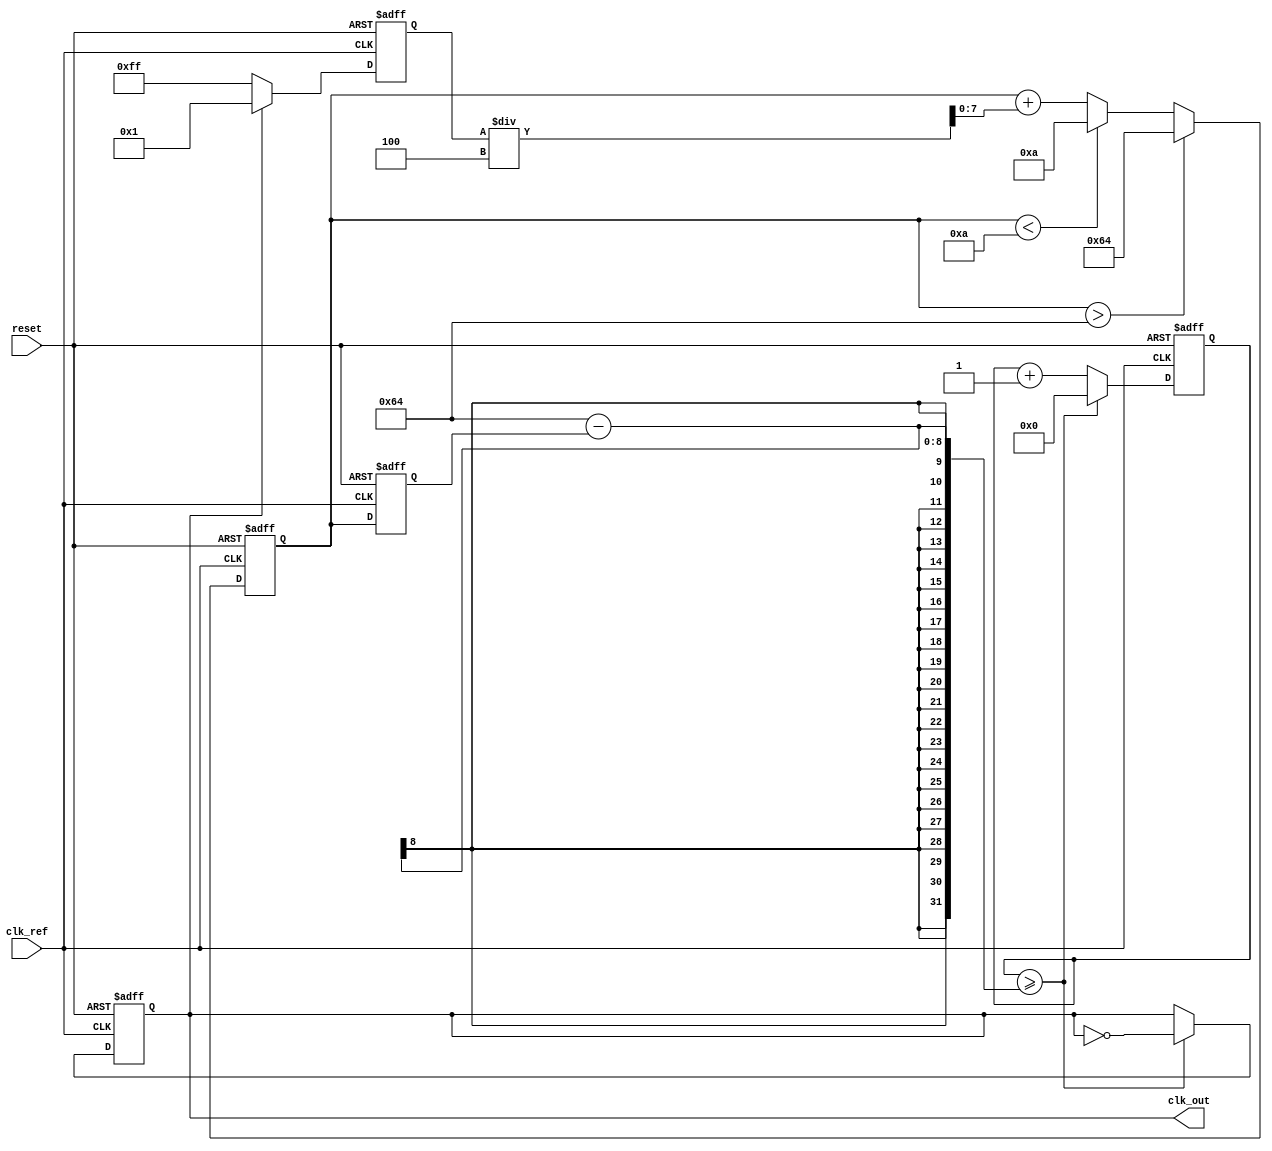
module PLL (
    input wire clk_ref,          // Reference clock input
    input wire reset,            // Reset signal
    output reg clk_out           // Output clock
);

    // Parameters for loop filter and VCO tuning
    parameter integer VCO_MAX_FREQ = 100;  // Maximum frequency for VCO
    parameter integer VCO_MIN_FREQ = 10;   // Minimum frequency for VCO
    parameter integer LOOP_FILTER_GAIN = 4; // Loop filter gain

    // Internal signals
    reg [7:0] phase_error;         // Phase error from PD
    reg [7:0] control_voltage;      // Control voltage for VCO
    reg [7:0] vco_freq;             // Current frequency of VCO
    reg [7:0] vco_counter;          // Counter for generating clk_out
    reg vco_enable;                 // VCO enable signal

    // Phase Detector (PD) - Simple XOR based for leading/lagging detection
    always @(posedge clk_ref or posedge reset) begin
        if (reset) begin
            phase_error <= 0;
        end else begin
            // Assuming clk_fb is feedback clock, for simplicity, we use clk_out
            if (clk_out) begin
                phase_error <= 8'd1; // Feedback is leading
            end else begin
                phase_error <= 8'd255; // Feedback is lagging
            end
        end
    end

    // Loop Filter (LF) - Simple proportional filter
    always @(posedge clk_ref or posedge reset) begin
        if (reset) begin
            control_voltage <= 0;
        end else begin
            control_voltage <= control_voltage + (phase_error / LOOP_FILTER_GAIN);
            // Limit control voltage to VCO range
            if (control_voltage > VCO_MAX_FREQ) begin
                control_voltage <= VCO_MAX_FREQ;
            end else if (control_voltage < VCO_MIN_FREQ) begin
                control_voltage <= VCO_MIN_FREQ;
            end
        end
    end

    // Voltage-Controlled Oscillator (VCO)
    always @(posedge clk_ref or posedge reset) begin
        if (reset) begin
            vco_freq <= VCO_MIN_FREQ;
            vco_counter <= 0;
            vco_enable <= 0;
            clk_out <= 0;
        end else begin
            // Update the VCO frequency based on control voltage
            vco_freq <= control_voltage;
            vco_enable <= 1;
            
            // Generate output clock based on VCO frequency
            vco_counter <= vco_counter + 1;
            if (vco_counter >= (100 - vco_freq)) begin // Adjust frequency scaling
                clk_out <= ~clk_out;
                vco_counter <= 0;
            end
        end
    end

endmodule